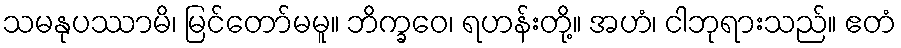
သမနုပဿာမိ၊ မြင်တော်မမူ။ ဘိက္ခဝေ၊ ရဟန်းတို့။ အဟံ၊ ငါဘုရားသည်။ ဧတံ